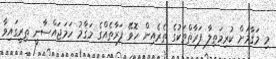
މި މަޤާމަށް ކުރިމަތިލާ ފަރާތްތަކުގެ ތެރެއިން ހޮވޭ ފަރާތެއްގެ މަޤާމު ހަމަޖައްސާނީ ތިރީގައިވާ